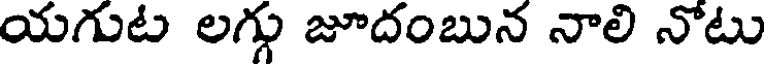
యగుట లగ్గు జూదంబున నాలి నోటు